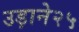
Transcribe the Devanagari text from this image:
उड़ाने२५